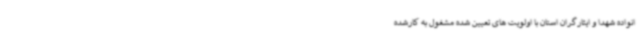
انواده شهدا و ایثارگران استان با اولویت های تعیین شده مشغول به کارشده